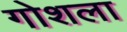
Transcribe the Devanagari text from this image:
गोशला